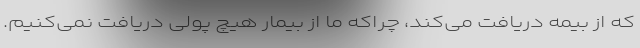
که از بیمه دریافت می‌کند، چراکه ما از بیمار هیچ پولی دریافت نمی‌کنیم.